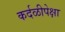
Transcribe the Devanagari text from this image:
कर्दळीपेक्षा